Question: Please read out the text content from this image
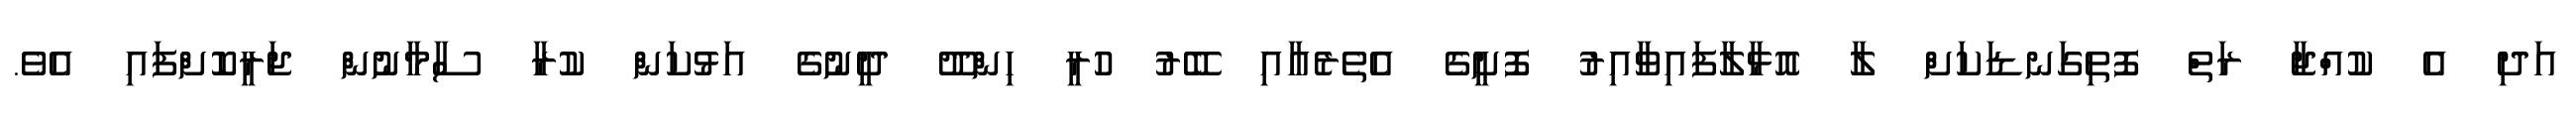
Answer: އަދި އެ ކުއްޖާ ރަތް ފޮތިގަނޑަކަށް ލާ އޮޅާލާފައިވާއިރު ފޮށީގެ އެތެރެއާއި ބޭރު ހުރީ ހިންދޫ ދީނުގެ އަޅުކަން ކުރާ ސާމާނުން ޖަރީކޮށްފައި އެވެ.